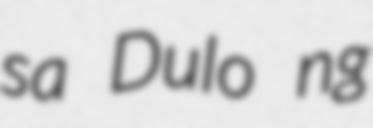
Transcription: sa Dulo ng